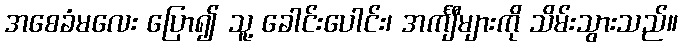
အစေခံမလေး ပြော၍ သူ့ ခေါင်းပေါင်း၊ အင်္ကျီများကို သိမ်းသွားသည်။